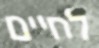
לחיים